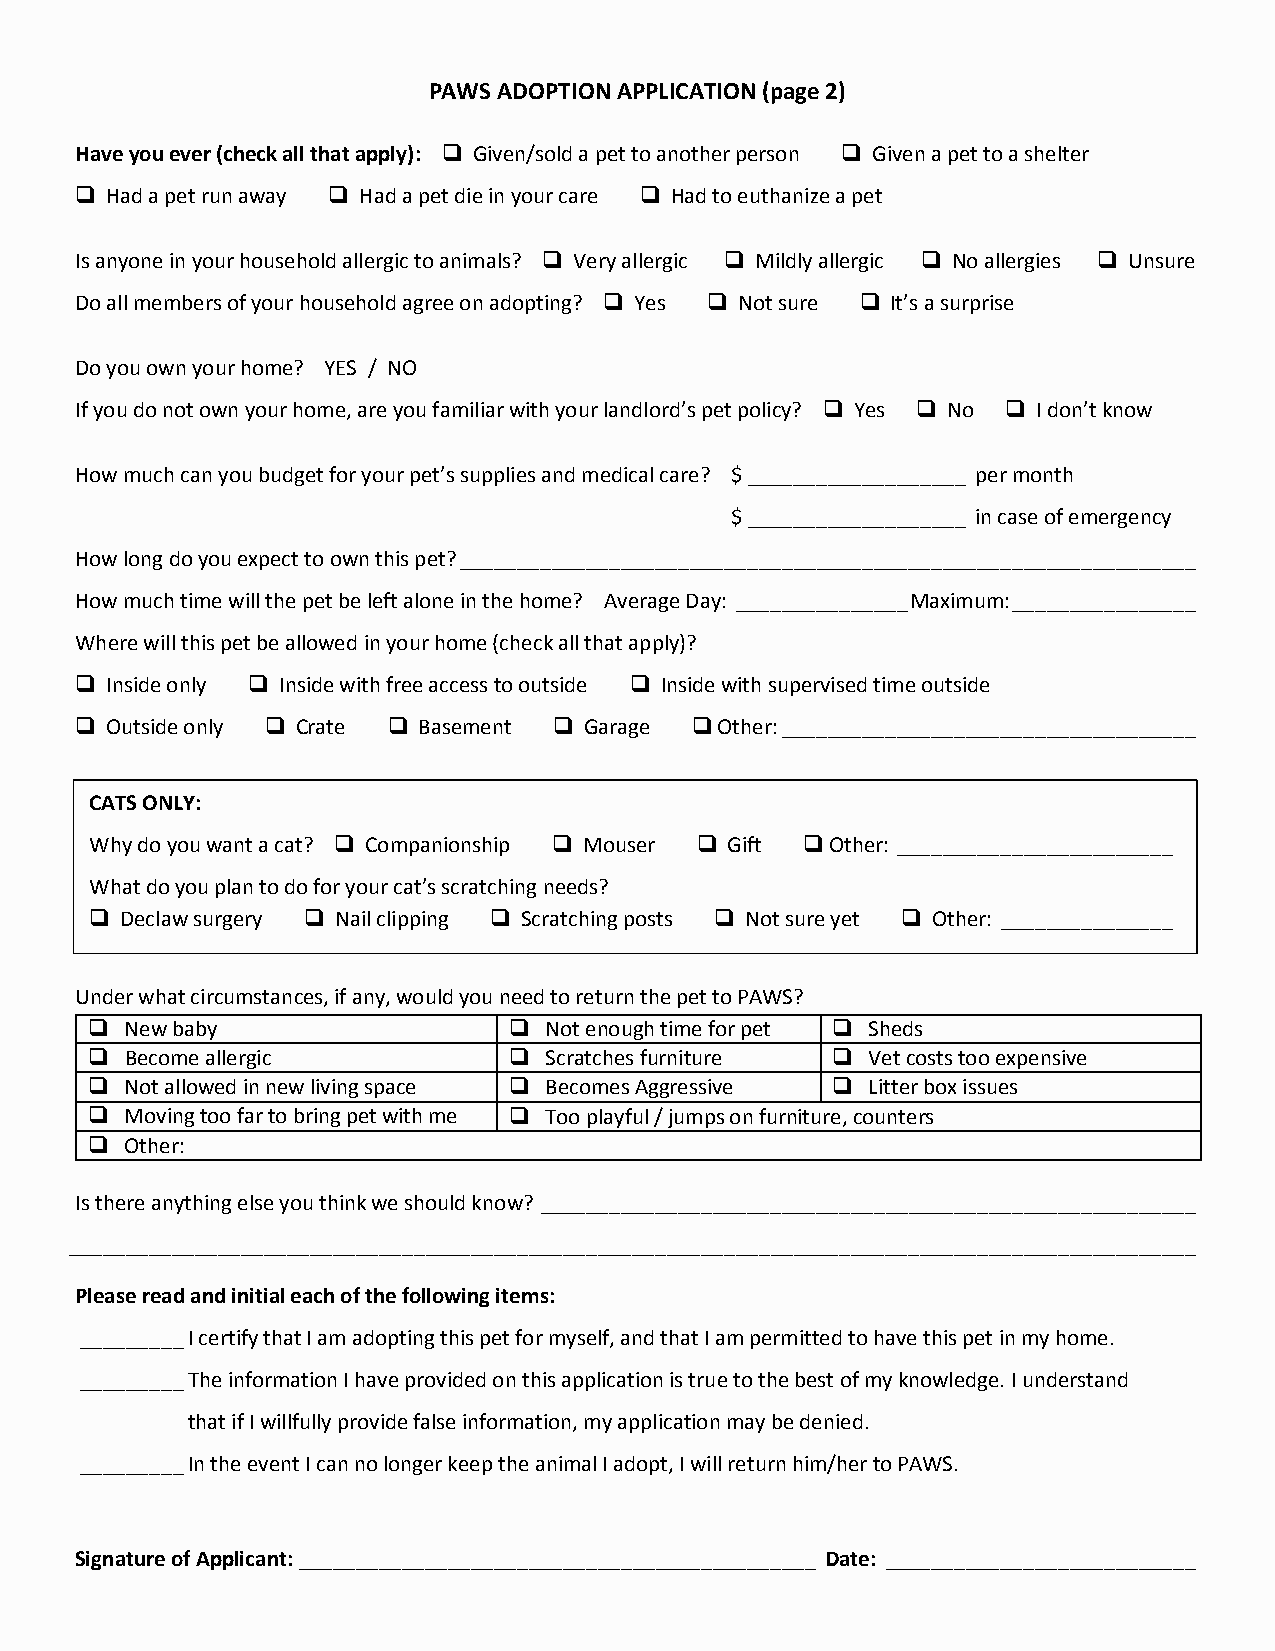
PAWS ADOPTION APPLICATION (page 2)
 Have you ever (check all that apply):  Given/sold a pet to another person  Given a pet to a shelter
  Had a pet run away  Had a pet die in your care  Had to euthanize a pet
 Is anyone in your household allergic to animals?  Very allergic  Mildly allergic  No allergies  Unsure
 Do all members of your household agree on adopting?  Yes  Not sure  It’s a surprise
 Do you own your home? YES / NO
 If you do not own your home, are you familiar with your landlord’s pet policy?  Yes  No  I don’t know
 How much can you budget for your pet’s supplies and medical care? $ ___________________ per month
 $ ___________________ in case of emergency
 How long do you expect to own this pet? ________________________________________________________________
 How much time will the pet be left alone in the home? Average Day: _______________ Maximum: ________________
 Where will this pet be allowed in your home (check all that apply)?
  Inside only  Inside with free access to outside  Inside with supervised time outside
  Outside only  Crate  Basement  Garage  Other: ____________________________________
 CATS ONLY:
 Why do you want a cat?  Companionship  Mouser  Gift  Other: ________________________
 What do you plan to do for your cat’s scratching needs?
  Declaw surgery  Nail clipping  Scratching posts  Not sure yet  Other: _______________
 ______________________________________________________________________________________________
 Under what circumstances, if any, would you need to return the pet to PAWS?
 __________________
  New baby                   Not enough time for pet  Sheds
  Become allergic            Scratches furniture  Vet costs too expensive
  Not allowed in new living space  Becomes Aggressive  Litter box issues
  Moving too far to bring pet with me  Too playful / jumps on furniture, counters
  Other:
 Is there anything else you think we should know? _________________________________________________________
 __________________________________________________________________________________________________
 Please read and initial each of the following items:
 _________ I certify that I am adopting this pet for myself, and that I am permitted to have this pet in my home.
 _________ The information I have provided on this application is true to the best of my knowledge. I understand
 that if I willfully provide false information, my application may be denied.
 _________ In the event I can no longer keep the animal I adopt, I will return him/her to PAWS.
 Signature of Applicant: _____________________________________________ Date: ___________________________